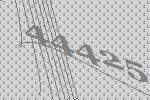
44425